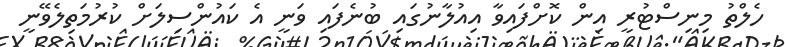
ހެލްތު މިނިސްޓުރީ އިން ކޮށްފައިވާ އިއުލާނުގައި ބުނެފައި ވަނީ އެ ކައުންސިލަށް ކުރުމަތިލެވޭނީ